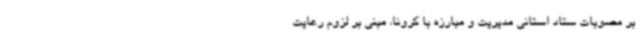
بر مصوبات ستاد استانی مدیریت و مبارزه با کرونا، مبنی بر لزوم رعایت